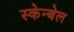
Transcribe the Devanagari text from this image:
स्केन्बेल